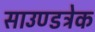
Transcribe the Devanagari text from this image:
साउण्डट्रेक